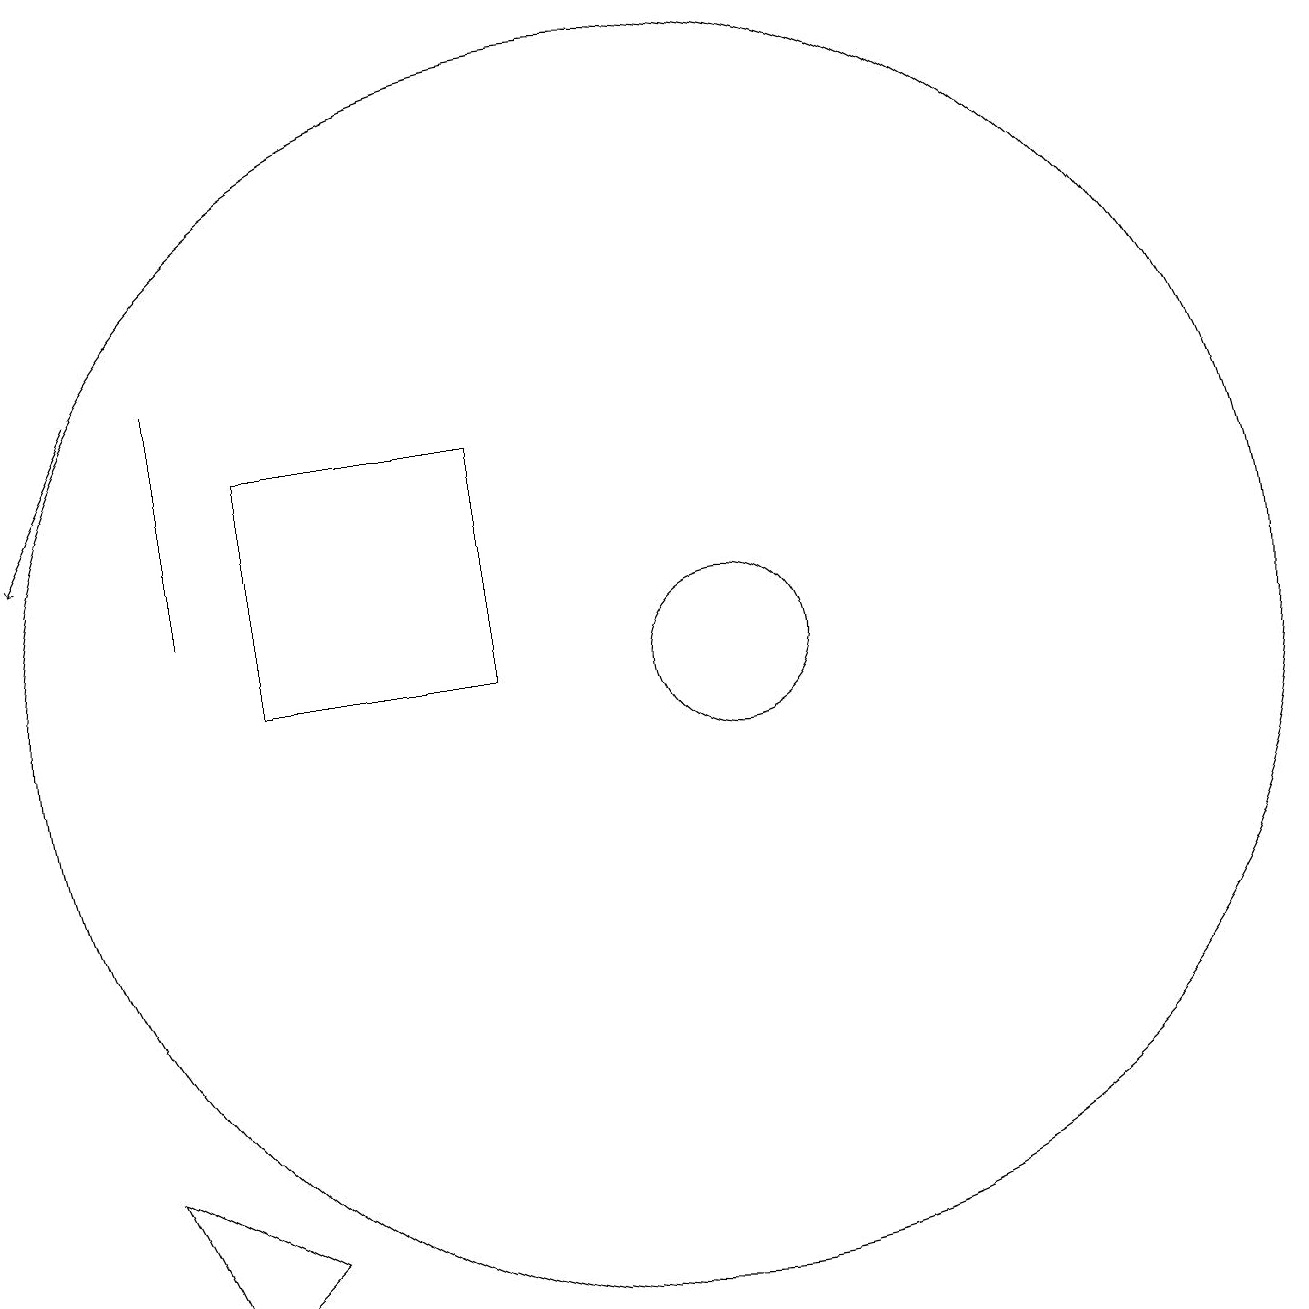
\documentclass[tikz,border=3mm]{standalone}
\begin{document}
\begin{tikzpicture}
\draw (4,11) rectangle (4,14);
\draw (11,10) circle (1);
\draw (11,10) circle (0);
\draw (10,10) circle (8);
\draw[->] (3,14) -- (2,12);
\draw (8,10) rectangle (5,13);
\draw (4,2) -- (5,3) -- (3,4) -- cycle;
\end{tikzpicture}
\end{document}